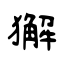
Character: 獬